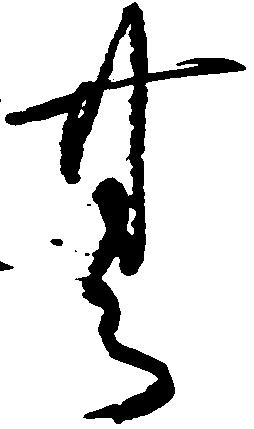
無